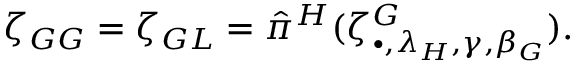
\zeta _ { G G } = \zeta _ { G L } = \hat { \pi } ^ { H } ( \zeta _ { \bullet , \lambda _ { H } , \gamma , \beta _ { G } } ^ { G } ) .